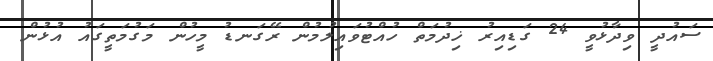
ސައުދީ ވިދާޅުވީ 24 ގަޑިއިރު ޚިދުމަތް ހުއްޓުވައިލުމުން ރޭގަނޑު މީހުން މަގުމަތީގައު އުޅުން